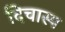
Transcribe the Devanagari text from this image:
दिचास्प